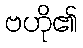
ဗဟို၏